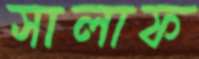
সালাফ